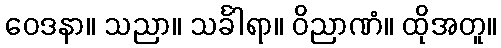
ဝေဒနာ။ သညာ။ သင်္ခါရာ။ ဝိညာဏံ။ ထိုအတူ။